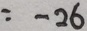
= - 2 6